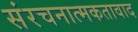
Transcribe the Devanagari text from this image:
संरचनात्मकतावाद